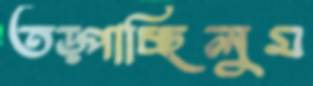
তড়্‌পাচ্ছিলুম